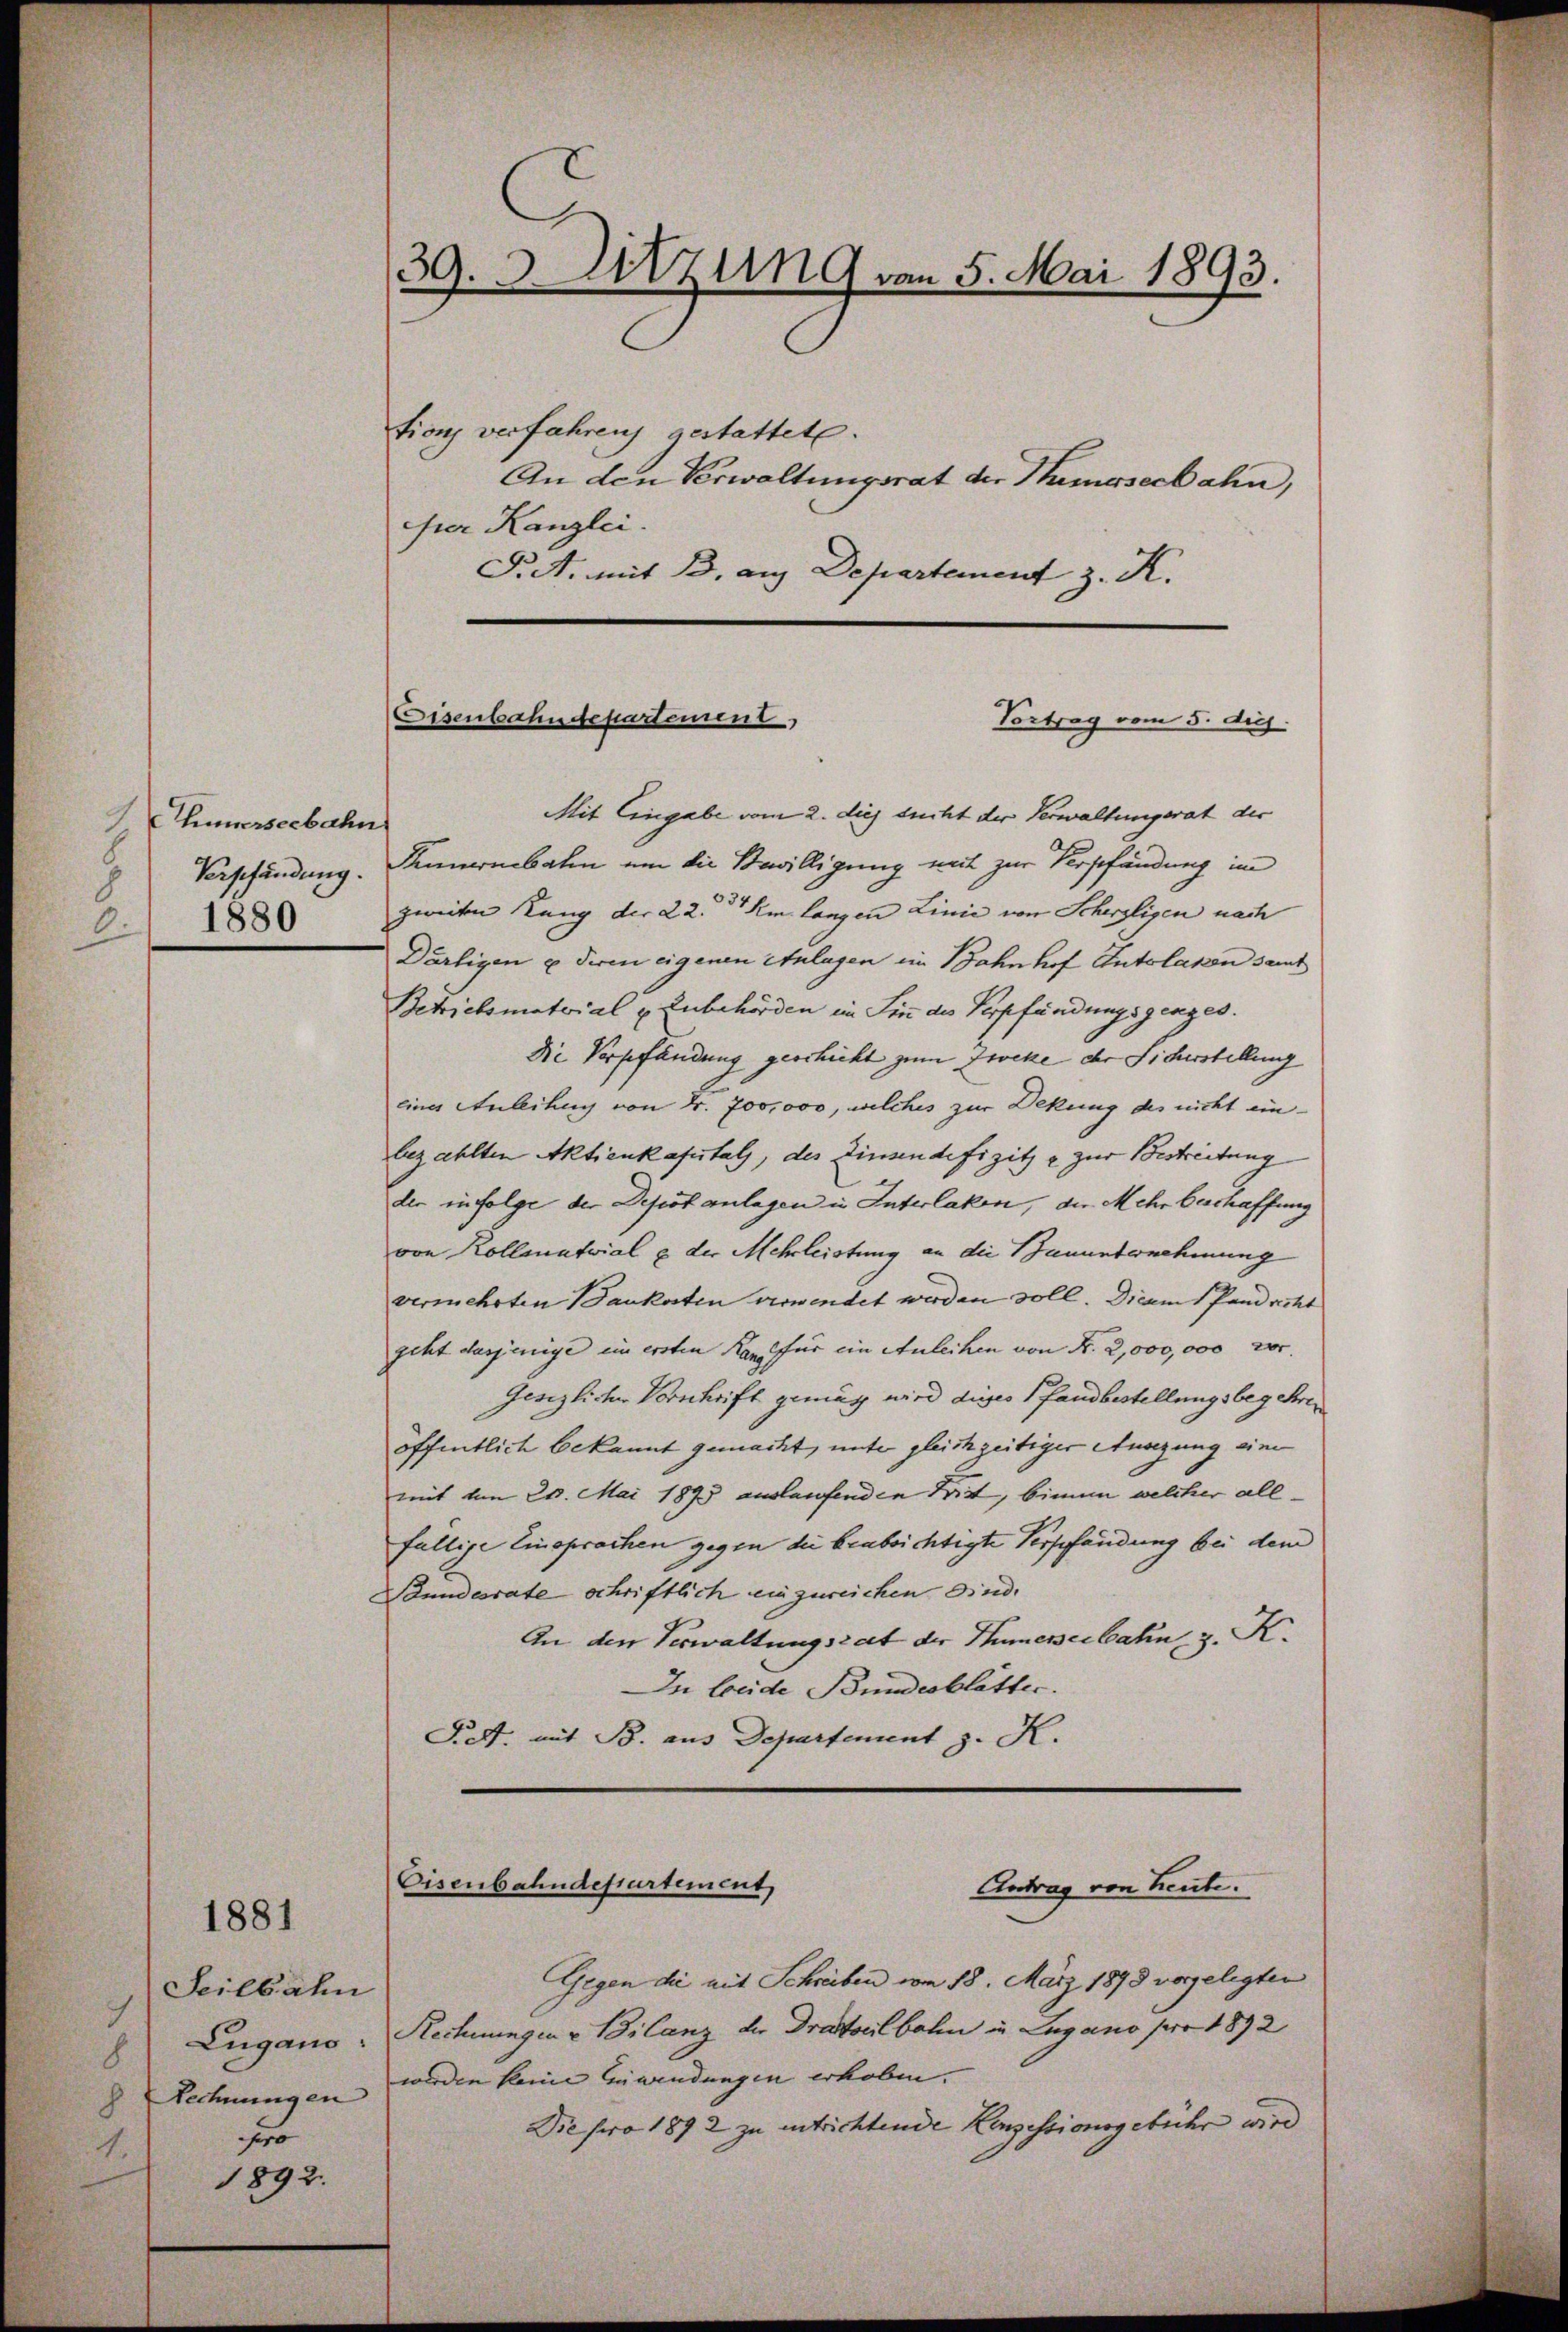
Thunerseebahn
Verschändung.
8
1880
2.

1881

1892.

Seilbahn
7
Lugano:
8
8 Rechnungen
Fro
1.

39. 5. Sitzung von 5. Mai 1893.
tion verfahren gestattete.
An den Verwaltungsrat der Humorseebahn,
hier Kanzlei.

P.A. mit B. aus Departement z. K.

Eisenbahndepartement
Vortrag vom 5. di

Mit Eingabe vom 2. dies sucht der Verwaltungsrat der
Fennenbahn um die Bewilligung mit zur Verpfändung im
zweiten Rang der 22. Am langen Linie von Scherzligen nach
Därtigen u diren eigenen Anlagen im Bahnhof Intelaken samt
Betrielsmaterial u. Zubehörden im Sinn des Verpfändungsgenges.
Die Verpfändung geschicht zum Trocke der Sicherstellung
eines Anleihung von Fr. 700,000, welches zur Dekung des nicht ein-
bezahlten Aktienkafutals, des Zinsendefizitze zur Bestreitung
der infolge der Depot anlagen u. Interlaken, die Mehr beschaffung
von Kollentwial & der Mehrleistung an die Bauunternehmung
vermehrten Baukosten verwendet werden soll. Diesem Pandacht
geht dasjenige ein ersten Kan für ein Anleihen von Nr. 2,000,000 ver
Gesezliche Vorschrift gemag wird dieses Pfandbestellungsbegehren
öffentlich bekannt gemacht, unter gleichzeitiger Ansizung eine
mit vom 20. Mai 1893 auslaufenden Tritt, binum welcher allfällige Einsprachen gegen die beabsichtigte Verpfändung bei dem
Poundesrate schriftlich einzureichen sind.
An den Verwaltungsrat der Humenseilatin, z. K.
In beide Bundesblätter.
Pielt, mit B. aus Departement z. K.

Eisenbahndepartement
Antrag von heute.

Gegen die mit Schreiben vom 18. März 1893 vorgelegten
Rechnungen u Bilanz der Drattoelbahn in Lugano per 1892
werden keine Zuwendungen erhoben.
Die pro 1892 zu entrichtende Konzessionsgebühr wird